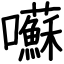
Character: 囌